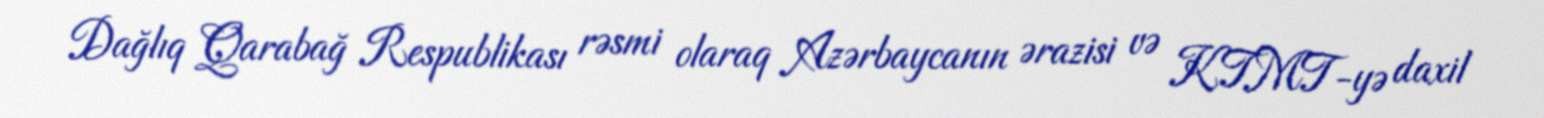
Dağlıq Qarabağ Respublikası rəsmi olaraq Azərbaycanın ərazisi və KTMT-yə daxil